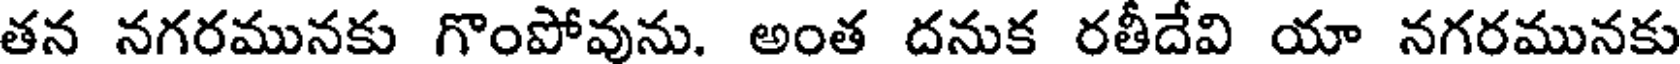
తన నగరమునకు గొంపోవును. అంత దనుక రతీదేవి యా నగరమునకు